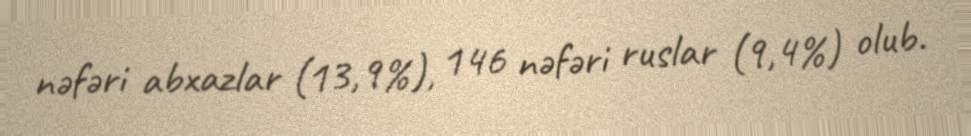
nəfəri abxazlar (13,9%), 146 nəfəri ruslar (9,4%) olub.